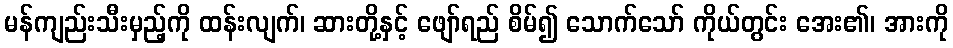
မန်ကျည်းသီးမှည့်ကို ထန်းလျက်၊ ဆားတို့နှင့် ဖျော်ရည် စိမ်၍ သောက်သော် ကိုယ်တွင်း အေး၏၊ အားကို